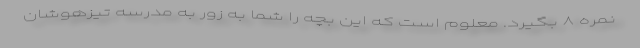
نمره ٨ بگیرد. معلوم است که این بچه را شما به زور به مدرسه تیزهوشان